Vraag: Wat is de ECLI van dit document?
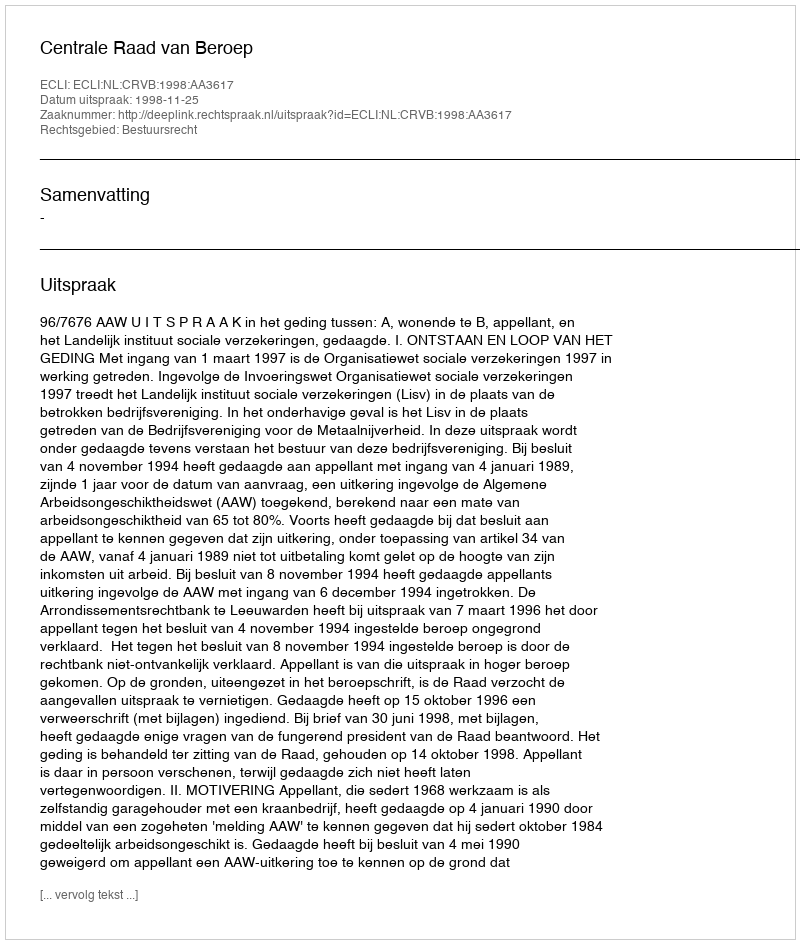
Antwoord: ECLI:NL:CRVB:1998:AA3617